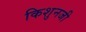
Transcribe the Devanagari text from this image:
किशुनजी